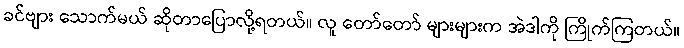
ခင်ဗျား သောက်မယ် ဆိုတာပြောလို့ရတယ်။ လူ တော်တော် များများက အဲဒါကို ကြိုက်ကြတယ်။